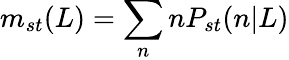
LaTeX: m_{st}(L)=\sum_{n}nP_{st}(n|L)